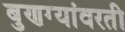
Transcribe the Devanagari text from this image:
बुणग्यांवरती